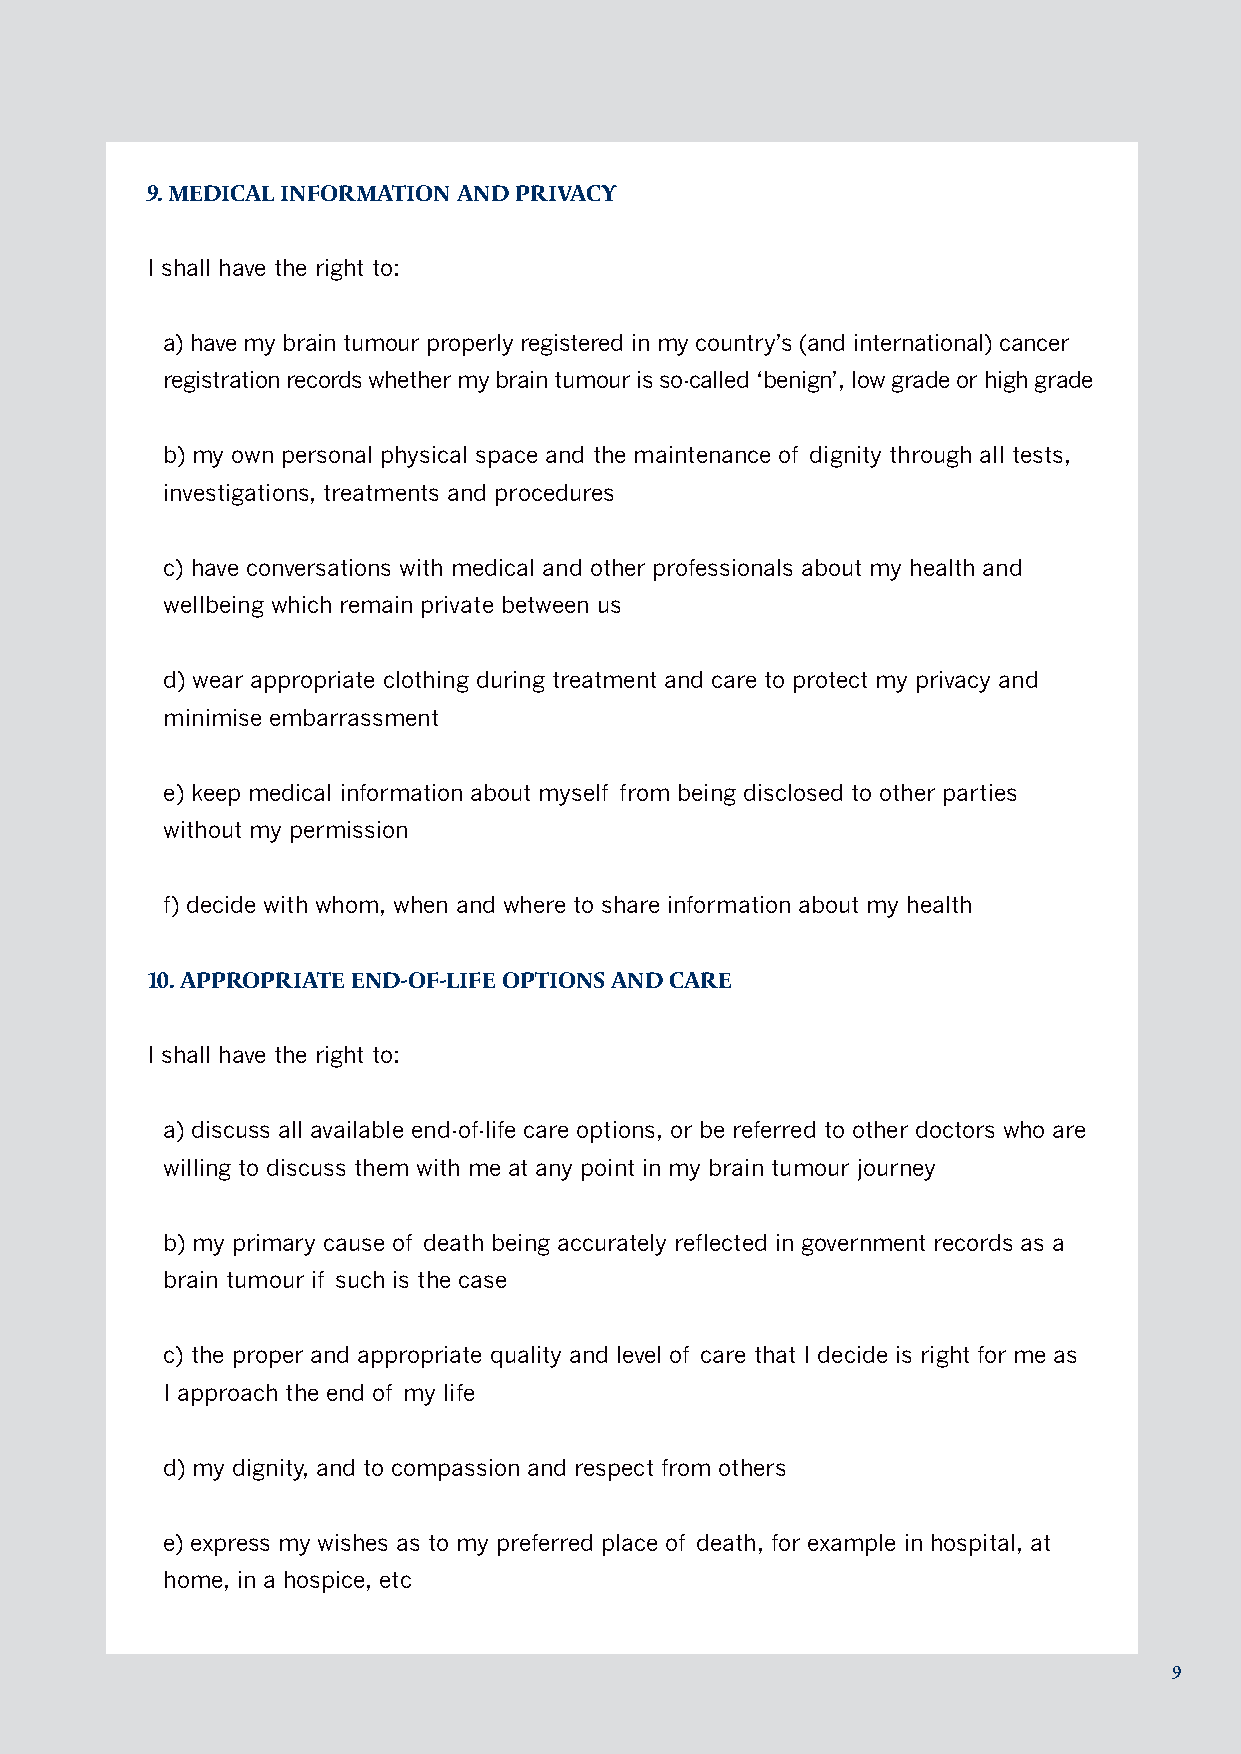
9. MEDICAL INFORMATION AND PRIVACY
 I shall have the right to:
 a) have my brain tumour properly registered in my country’s (and international) cancer
 registration records whether my brain tumour is so-called ‘benign’, low grade or high grade
 b) my own personal physical space and the maintenance of dignity through all tests,
 investigations, treatments and procedures
 c) have conversations with medical and other professionals about my health and
 wellbeing which remain private between us
 d) wear appropriate clothing during treatment and care to protect my privacy and
 minimise embarrassment
 e) keep medical information about myself from being disclosed to other parties
 without my permission
 f) decide with whom, when and where to share information about my health
 10. APPROPRIATE END-OF-LIFE OPTIONS AND CARE
 I shall have the right to:
 a) discuss all available end-of-life care options, or be referred to other doctors who are
 willing to discuss them with me at any point in my brain tumour journey
 b) my primary cause of death being accurately reflected in government records as a
 brain tumour if such is the case
 c) the proper and appropriate quality and level of care that I decide is right for me as
 I approach the end of my life
 d) my dignity, and to compassion and respect from others
 e) express my wishes as to my preferred place of death, for example in hospital, at
 home, in a hospice, etc
 9